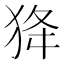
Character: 𤝷